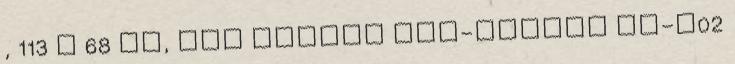
, 113 x 68 mm, alu házzal XLC-Connex CC-C02